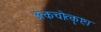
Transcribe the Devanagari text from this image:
उत्कचोत्कृष्टा